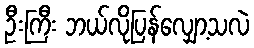
ဦးကြီး ဘယ်လိုပြန်လျှော့သလဲ